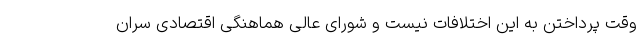
وقت پرداختن به این اختلافات نیست و شورای عالی هماهنگی اقتصادی سران